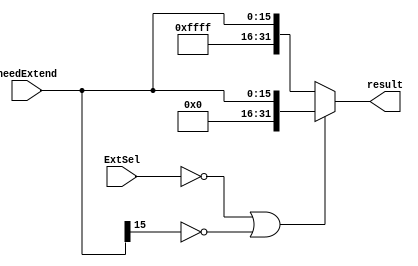
`timescale 1ns / 1ps
//////////////////////////////////////////////////////////////////////////////////
// Company: 
// Engineer: 
// 
// Design Name: 
// Module Name: szExtend
// Project Name: 
// Target Devices: 
// Tool Versions: 
// Description: 
// 
// Dependencies: 
// 
// Revision:
// Revision 0.01 - File Created
// Additional Comments:
// 
//////////////////////////////////////////////////////////////////////////////////


module szExtend(
    input ExtSel,
    input [15:0] needExtend,
    output [31:0] result
    );
    assign result = (ExtSel == 0 || needExtend[15] == 0) ? {16'b0, needExtend} : {16'b1111111111111111, needExtend};
endmodule